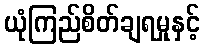
ယုံကြည်စိတ်ချရမှုနှင့်